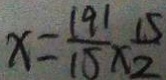
x = \frac { 1 9 1 } { 1 5 } \times \frac { 1 5 } { 2 }